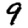
Digit: 9